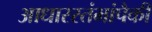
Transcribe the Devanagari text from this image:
आधारस्तंभांपैकी